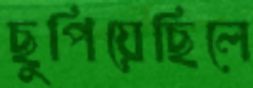
ছুপিয়েছিলে